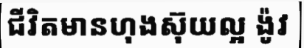
ជីវិតមានហុងស៊ុយល្អ ង៉ូវ